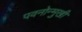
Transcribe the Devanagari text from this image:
पवनोन्मुखी